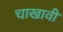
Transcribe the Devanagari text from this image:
चाखावी